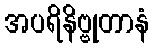
အပရိနိဗ္ဗုတာနံ